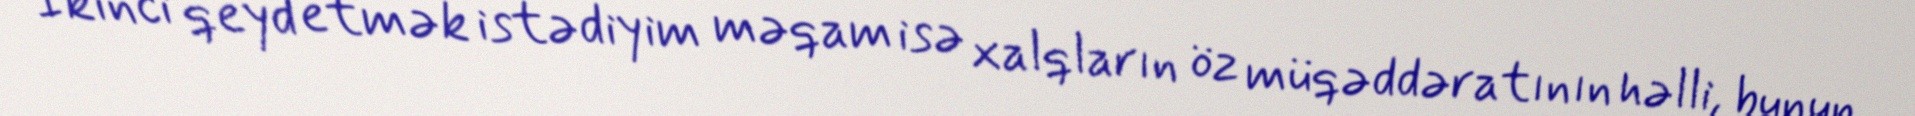
İkinci qeyd etmək istədiyim məqam isə xalqların öz müqəddəratının həlli, bunun